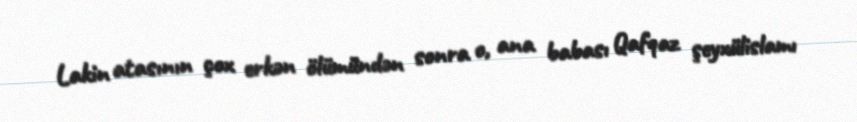
Lakin atasının çox erkən ölümündən sonra o, ana babası Qafqaz şeyxülislamı